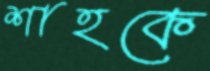
শাহকে